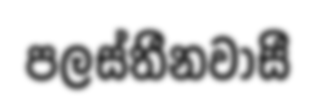
පලස්තීනවාසී